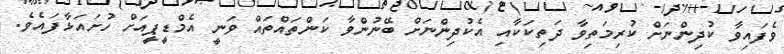
ވެފައިވާ ކުދިންނަށް ކުރިމަތިވާ ދަތިކަކާއި އެކުދިންނަށް ބޭނުންވާ ކަންތައްތައް ވަނީ އެމްޑީޕީއަށް ހުށައަޅާފައެވެ.